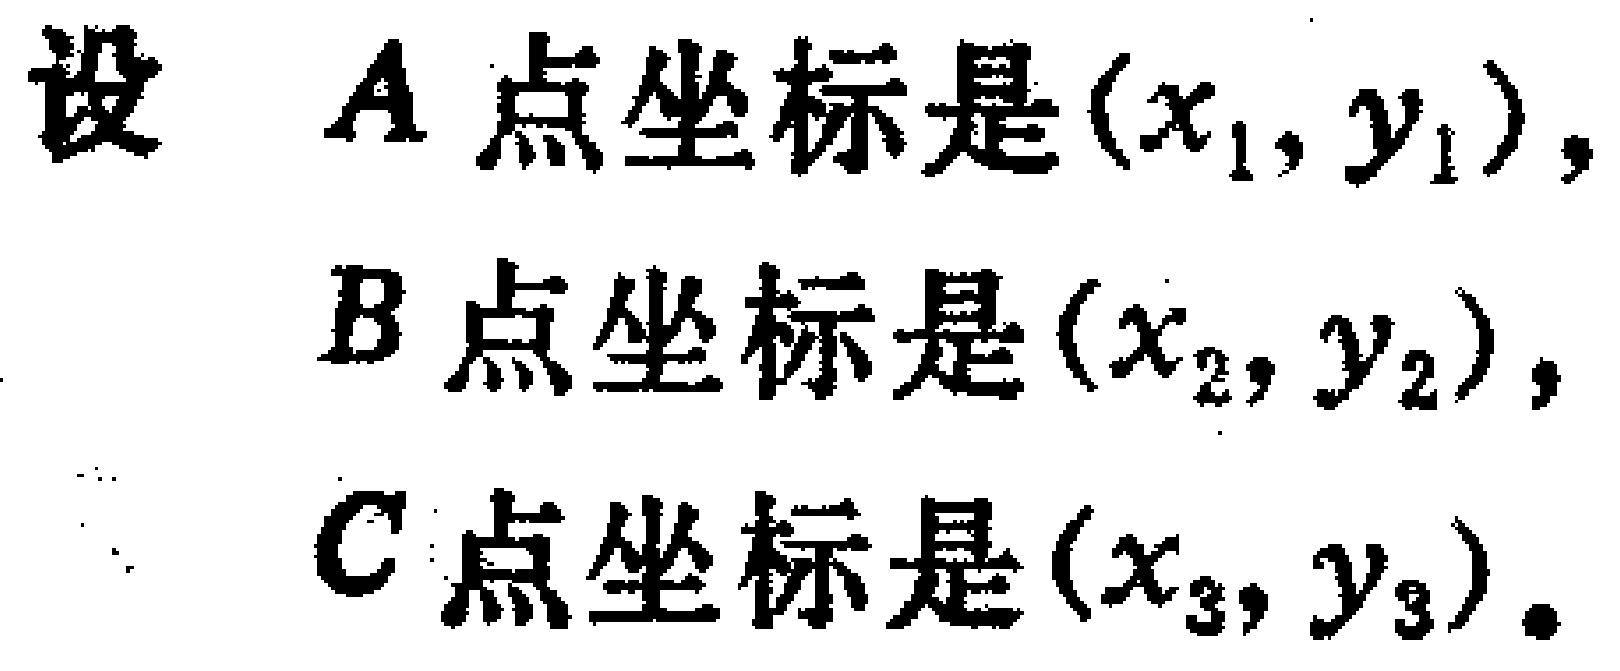
设 \(A\) 点坐标是 \((x_1, y_1)\)，
\(B\) 点坐标是 \((x_2, y_2)\)，
\(C\) 点坐标是 \((x_3, y_3)\)。